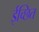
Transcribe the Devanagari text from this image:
ईच्छित